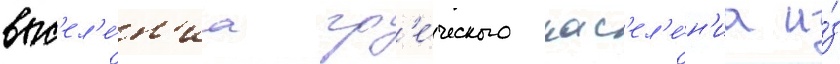
выс'ел'е́н'иа гр'е́ческого нас'ел'е́н'иа и́з